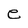
Character: e